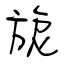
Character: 旎